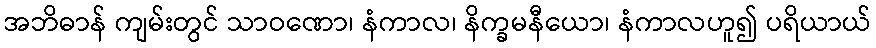
အဘိဓာန် ကျမ်းတွင် သာဝဏော၊ နံကာလ၊ နိက္ခမနီယော၊ နံကာလဟူ၍ ပရိယာယ်